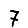
Digit: 7